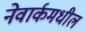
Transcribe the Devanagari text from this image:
नेवार्कमधील